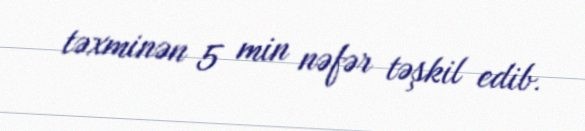
təxminən 5 min nəfər təşkil edib.